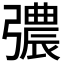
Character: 𢐪